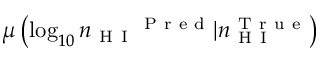
\mu \left( \log _ { 1 0 } { n _ { \mathrm { ~ H ~ I ~ } } } ^ { \mathrm { ~ P ~ r ~ e ~ d ~ } } | n _ { \mathrm { ~ H ~ I ~ } } ^ { \mathrm { ~ T ~ r ~ u ~ e ~ } } \right)